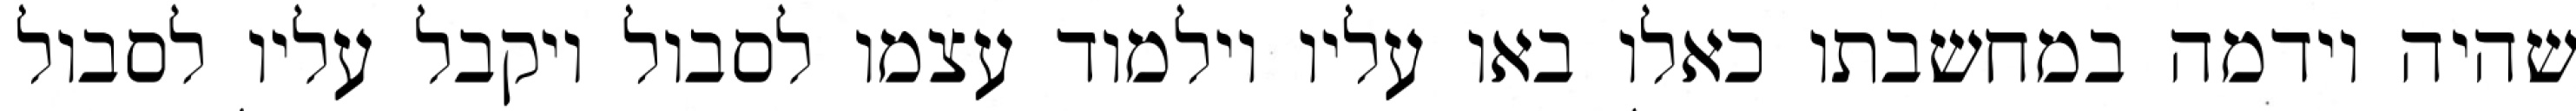
שהיה וידמה במחשבתו כאלו באו עליו וילמוד עצמו לסבול ויקבל עליו לסבול